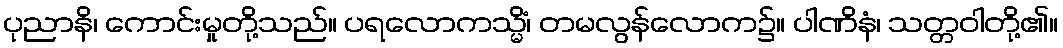
ပုညာနိ၊ ကောင်းမှုတို့သည်။ ပရလောကသ္မိံ၊ တမလွန်လောက၌။ ပါဏိနံ၊ သတ္တဝါတို့၏။